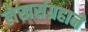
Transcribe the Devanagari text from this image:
लेखसंग्रहाने